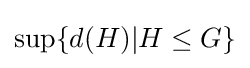
\sup\{d(H)|H\leq G\}